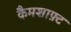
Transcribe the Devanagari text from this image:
कैमशाफ़्ट